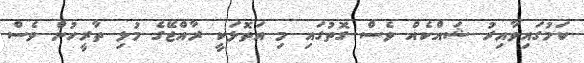
ކަމުގައިވާއިރު ޝައްކެއް ވެސް ގޮތުގައި މި އަތޮޅަކީ ރާއްޖޭގެ މުޅި ތާރީހުން ވެސް